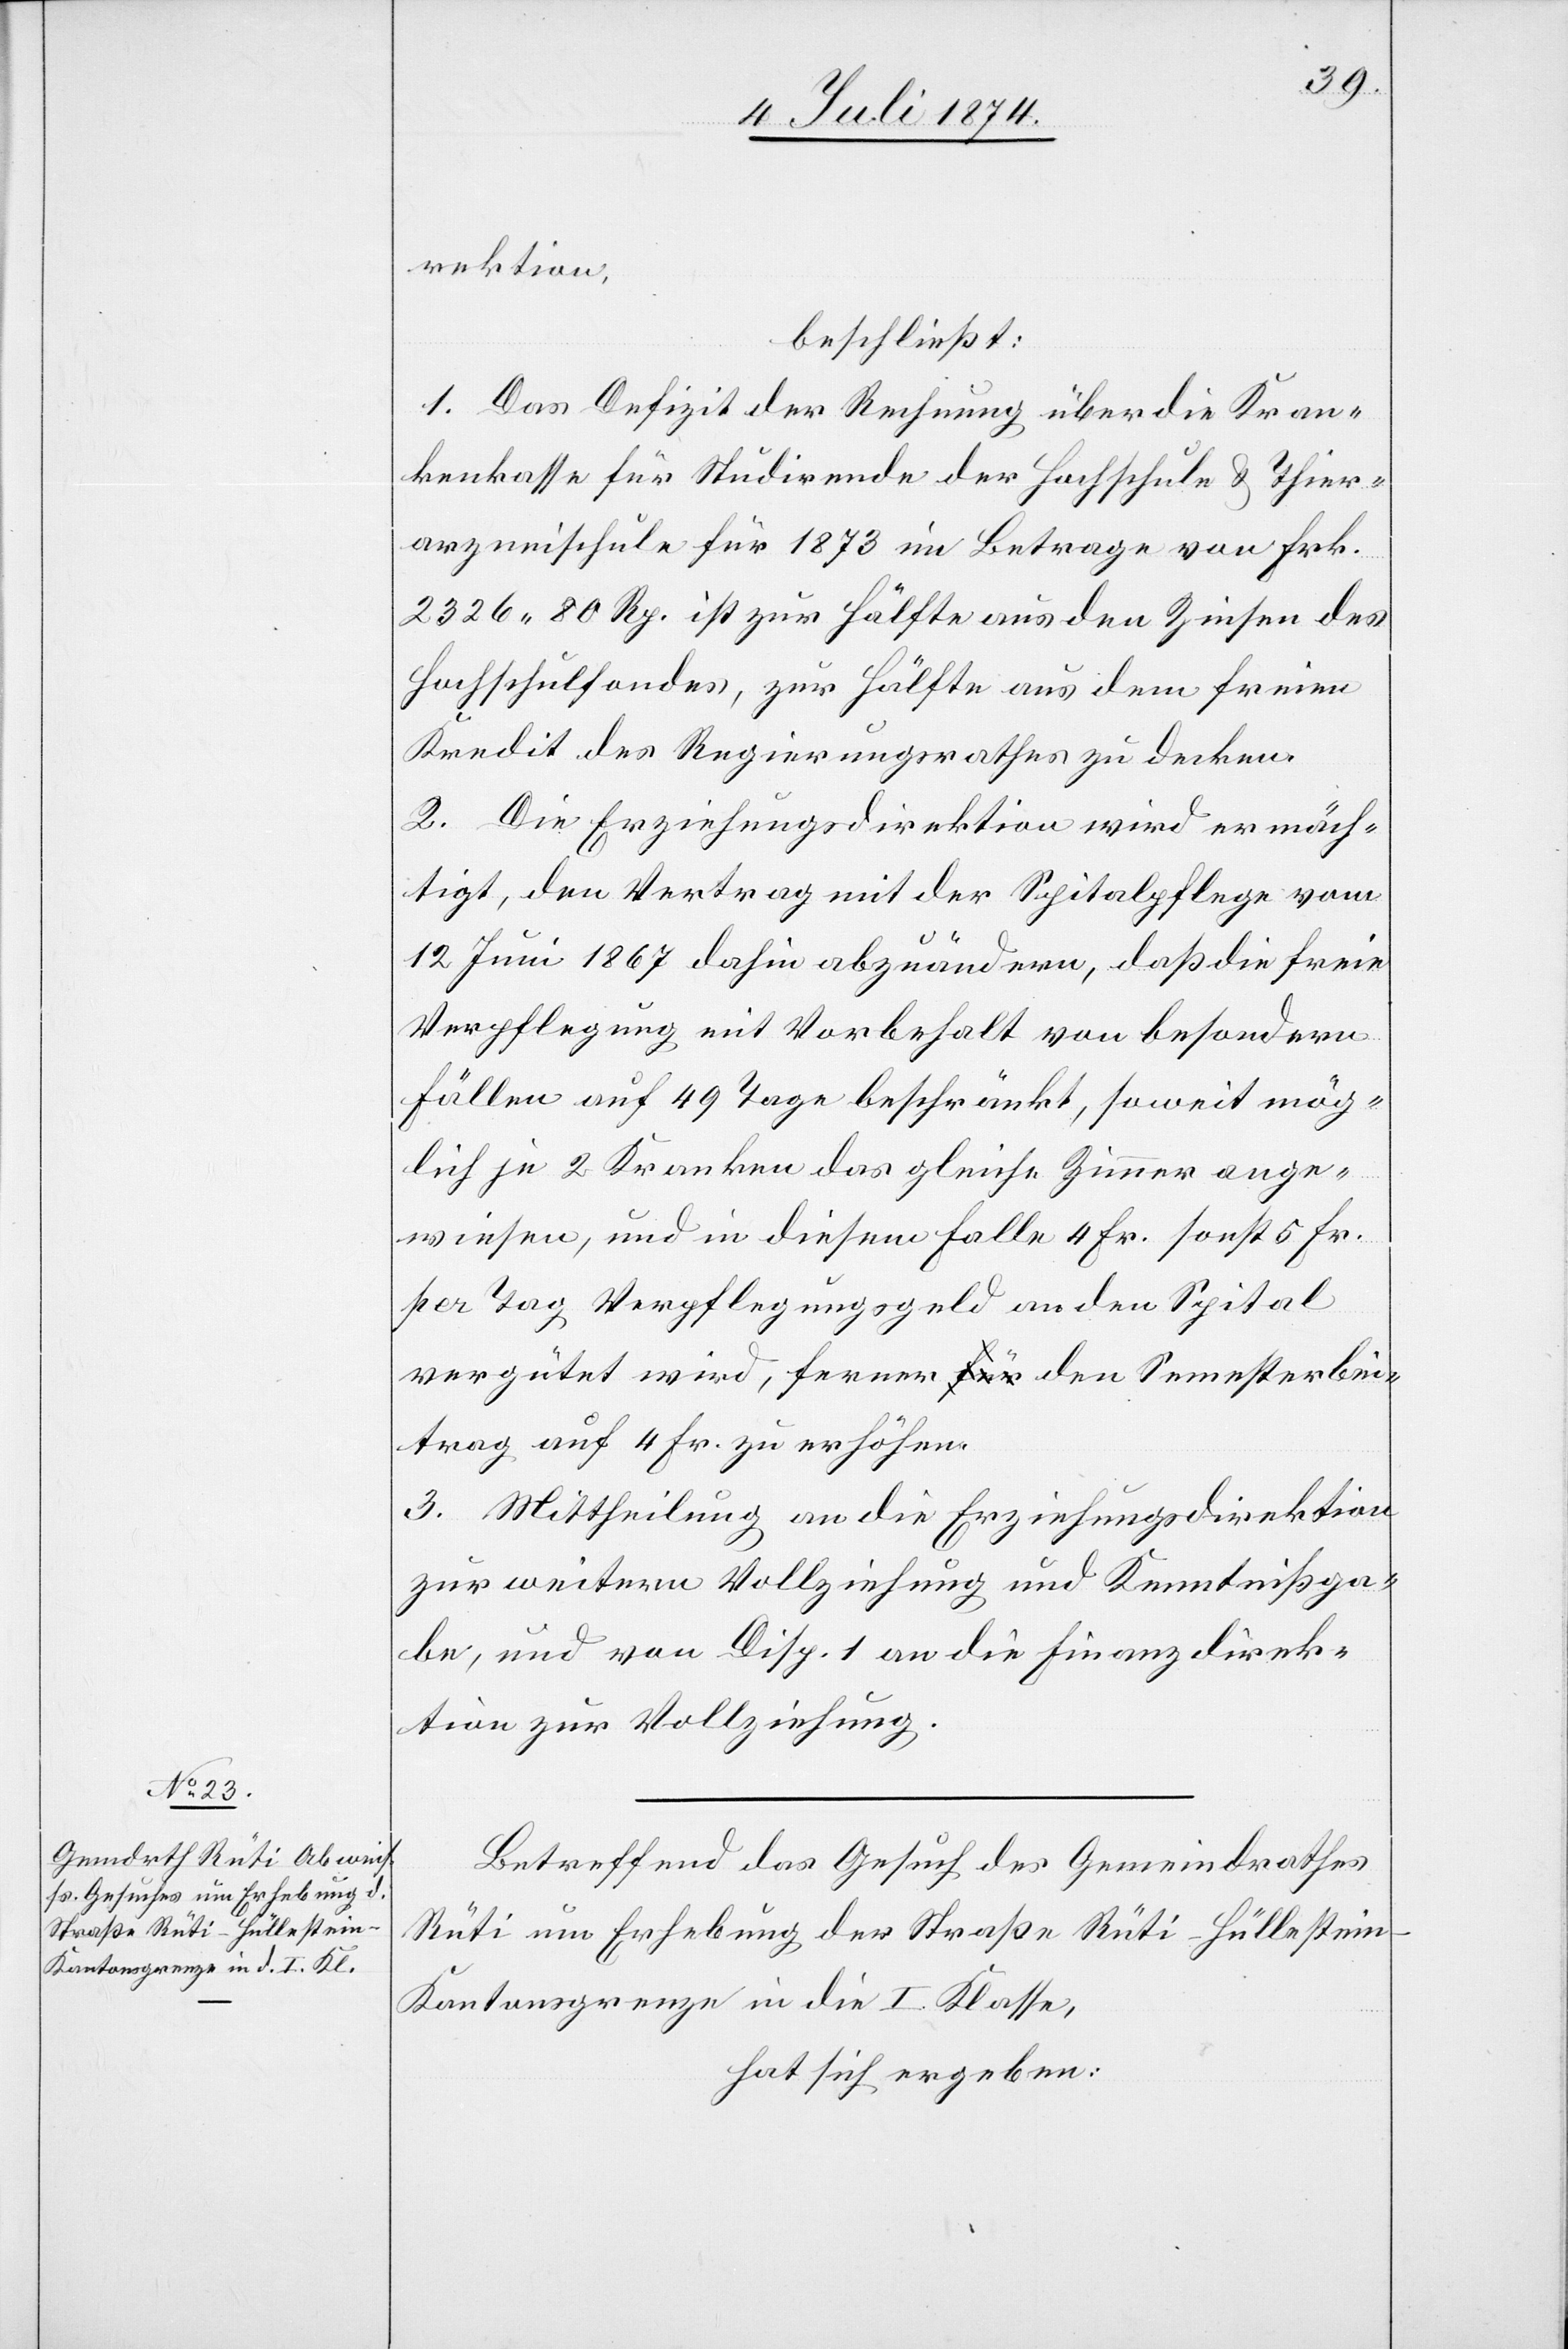
rektion:
beschließt:
1. Das Defizit der Rechnung über die Kran¬
kenkasse für Studirende der Hochschule u. Thier¬
arzneischule für 1873 im Betrage von Frk.
2326.80 Rp. ist zur Hälfte aus den Zinsen des
Hochschulfonds, zur Hälfte aus dem freien
Kredit des Regierungsrathes zu decken.
2. Die Erziehungsdirektion wird ermäch¬
tigt, den Vertrag mit der Spitalpflege vom
12. Juni 1867 dahin abzuändern, daß die freie
Verpflegung mit Vorbehalt von besondern
Fällen auf 49 Tage beschränkt, soweit mög¬
lich je 2 Kranken das gleiche Zimmer ange¬
wiesen, und in diesem Falle 4 Fr.[,] sonst 5 Fr.
per Tag Verpflegungsgeld an den Spital
vergütet wird, ferner den Semesterbei¬
trag auf 4 Fr. zu erhöhen.
3. Mittheilung an die Erziehungsdirektion
zur weitern Vollziehung und Kenntnißga¬
be, und von Disp. 1 an die Finanzdirek¬
tion zur Vollziehung.
Betreffend das Gesuch des Gemeindrathes
Rüti um Erhebung der Straße Rüti–Hüllestei¬
n–Kantonsgrenze in die I. Klasse,
hat sich ergeben: